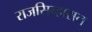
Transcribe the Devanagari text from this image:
राजसिन्हासन